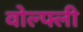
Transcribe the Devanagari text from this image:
वोल्फ्ली